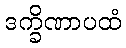
ဒက္ခိဏာပထံ